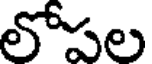
లోపల